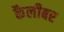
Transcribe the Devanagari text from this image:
कैलीबर